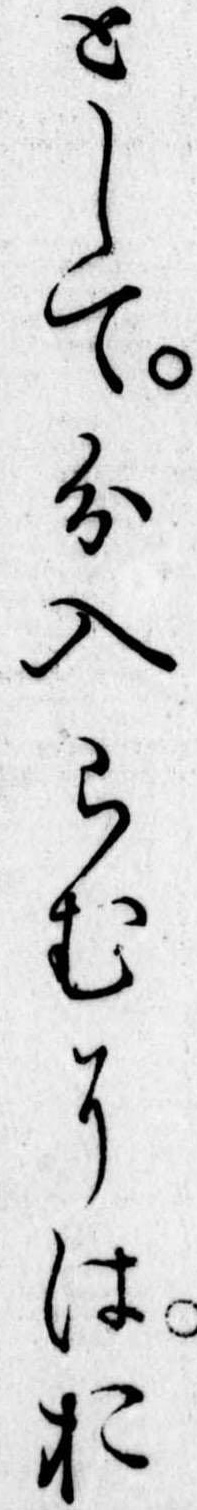
として分入らむにはお